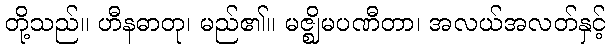
တို့သည်။ ဟီနဓာတု၊ မည်၏။ မဇ္ဈိမပဏီတာ၊ အလယ်အလတ်နှင့်